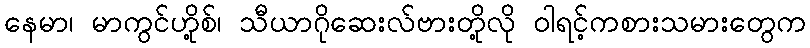
နေမာ၊ မာကွင်ဟို့စ်၊ သီယာဂိုဆေးလ်ဗားတို့လို ဝါရင့်ကစားသမားတွေက